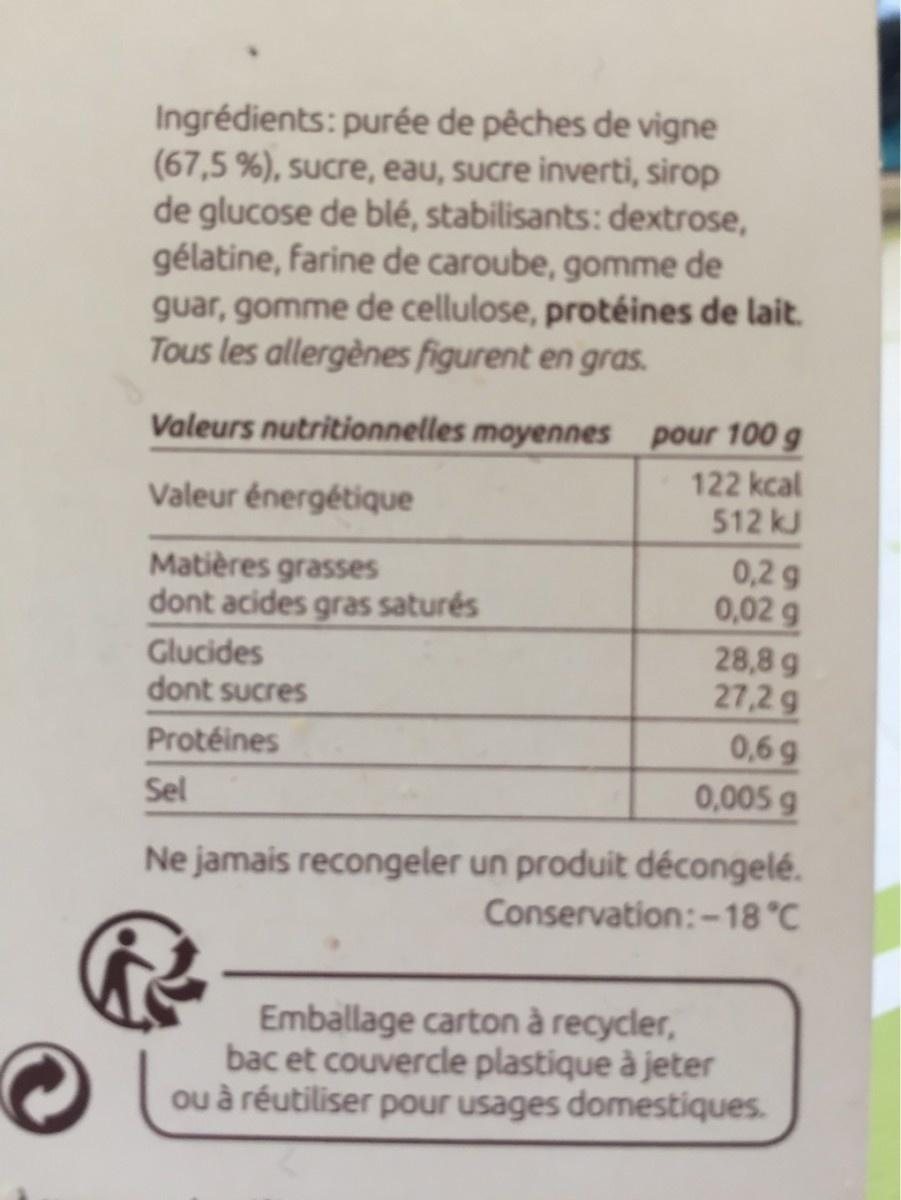
Ingrédients: purée de pêches de vigne (67,5%), sucre, eau, sucre inverti, sirop de glucose de blé, stabilisants: dextrose, gélatine, farine de caroube, gomme de guar, gomme de cellulose, protéines de lait. Tous les allergènes figurent en gras.
Valeurs nutritionnelles moyennes
Valeur énergétique
Matières grasses
dont acides gras saturés
pour 100 g
122 kcal
512 kJ
0,29
0,02 g
Glucides
dont sucres
Protéines
Sel
Ne jamais recongeler un produit décongelé.
Conservation: -18°C
28,8 g
27,2 g
0,6 g
0,005 g
Emballage carton à recycler, bac et couvercle plastique à jeter ou à réutiliser pour usages domestiques.